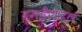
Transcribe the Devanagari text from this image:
ब्रूमहैण्डल